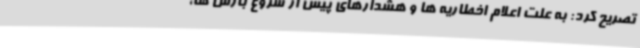
تصریح کرد: به علت اعلام اخطاریه ها و هشدارهای پیش از شروع بارش ها،